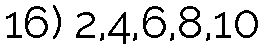
16) 2,4,6,8,10